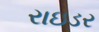
રાઇડર